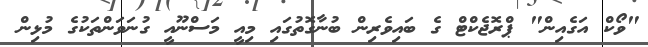
"ވޯކް އަގެއިން" ޕްރޮޖެކްޓް ގެ ބައިވެރިން ބުނާގޮތުގައި މިއީ މަސްނޫއީ ގުނަވަންތަކުގެ މުޅިން